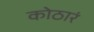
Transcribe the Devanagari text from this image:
कोठारं